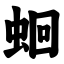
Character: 蛔